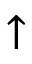
\uparrow